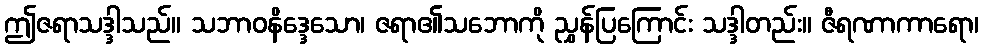
ဤဇရာသဒ္ဒါသည်။ သဘာဝနိဒ္ဒေသော၊ ဇရာ၏သဘောကို ညွှန်ပြကြောင်း သဒ္ဒါတည်း။ ဇီရဏာကာရော၊